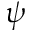
\psi